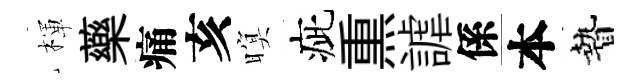
楎藥痛亥暝疵𤋱謔係本贄